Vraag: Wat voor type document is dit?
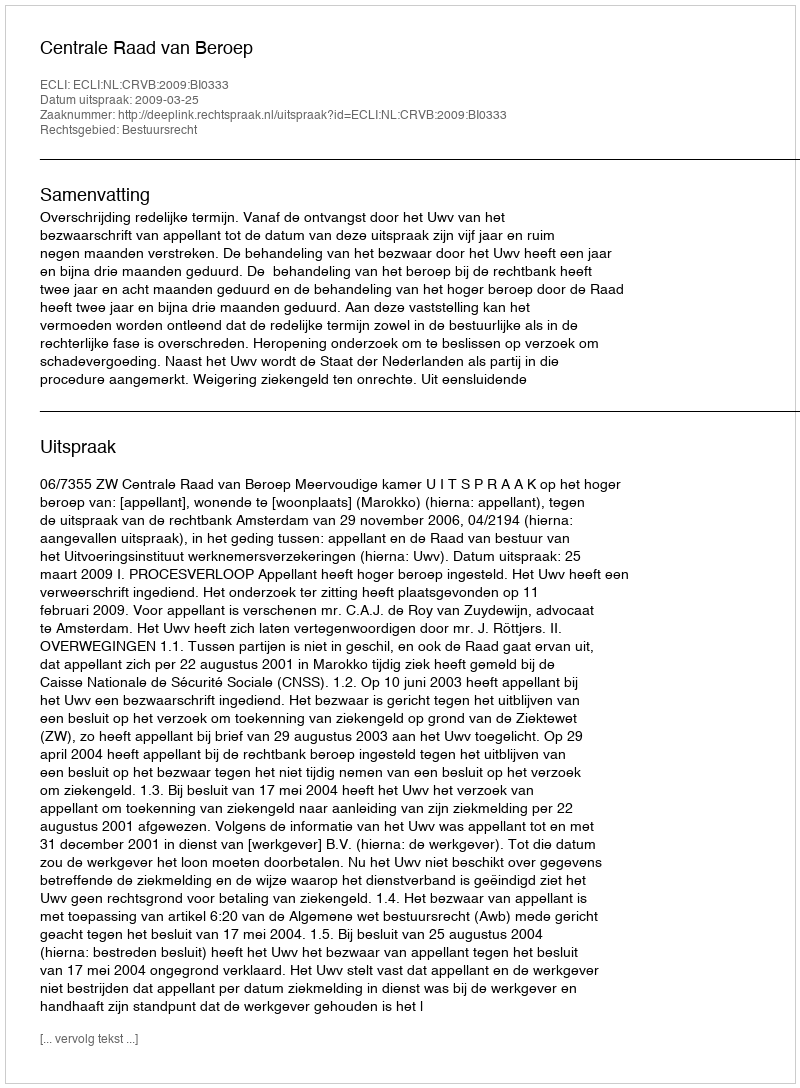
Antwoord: Uitspraak